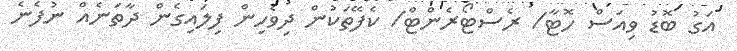
އަގު ބޮޑު ވިއަސް ހޮޓާ/ ރެސްޓޯރެންޓް/ ކެފޭތަކުން ދިވެހިން ފިލައިގެން ދާތަނެއް ނުފެނެ